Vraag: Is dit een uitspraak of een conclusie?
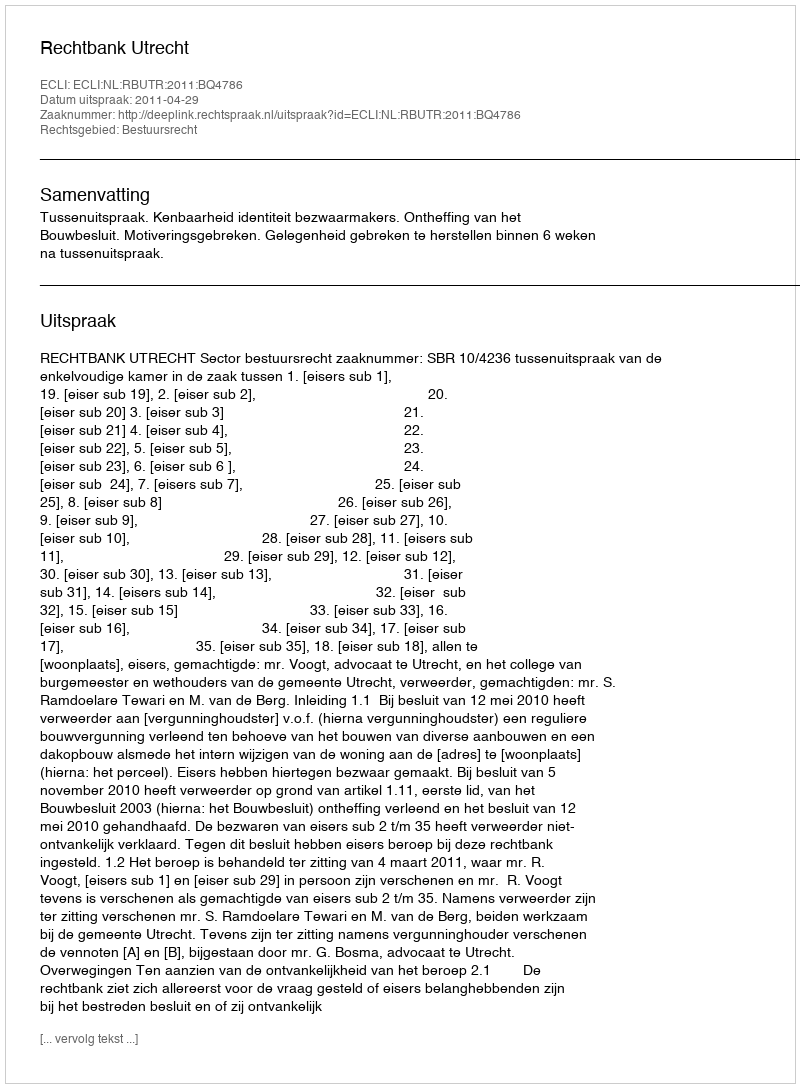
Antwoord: Uitspraak